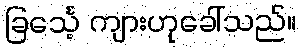
ခြင်္သေ့ ကျားဟုခေါ်သည်။